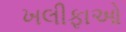
ખલીફાઓ